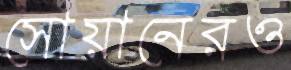
সোয়ানেরও